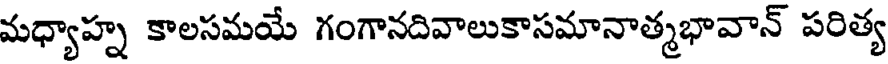
మధ్యాహ్న కాలసమయే గంగానదివాలుకాసమానాత్మభావాన్ పరిత్య